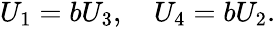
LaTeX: \begin{array}{r}{U_{1}=bU_{3},\quad U_{4}=bU_{2}.}\end{array}